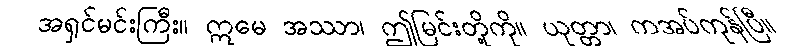
အရှင်မင်းကြီး။ ဣမေ အဿာ၊ ဤမြင်းတို့ကို။ ယုတ္တာ၊ ကအပ်ကုန်ပြီ။